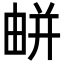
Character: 𢆟